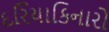
દરિયાકિનારો